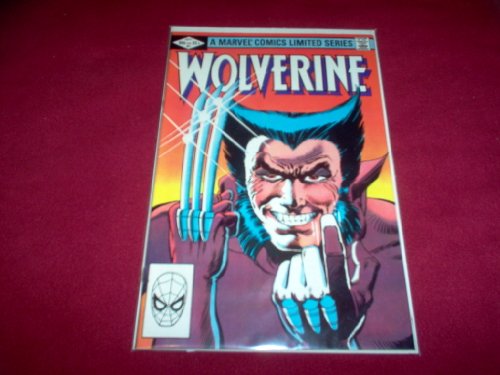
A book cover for Wolverine #1; CC; Comics & Graphic Novels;